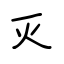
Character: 灭